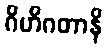
ဂိဟိဂတာနိ